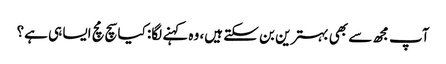
آپ مجھ سے بھی بہترین بن سکتے ہیں، وہ کہنے لگا: کیا سچ مچ ایسا ہی ہے؟